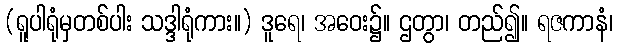
(ရူပါရုံမှတစ်ပါး သဒ္ဒါရုံကား။) ဒူရေ၊ အဝေး၌။ ဌတွာ၊ တည်၍။ ရဇကာနံ၊